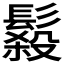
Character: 𩮫